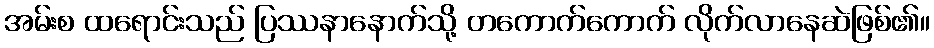
အမ်းစ ထရောင်းသည် ပြဿနာနောက်သို့ တကောက်ကောက် လိုက်လာနေဆဲဖြစ်၏။